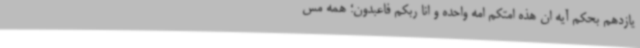
یازدهم بحکم آیه ان هذه امتکم امه واحده و انا ربکم فاعبدون؛ همه مس